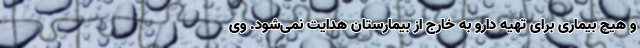
و هیچ بیماری برای تهیه دارو به خارج از بیمارستان هدایت نمی‌شود. وی